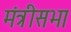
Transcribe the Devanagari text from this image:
मंत्रीसभा